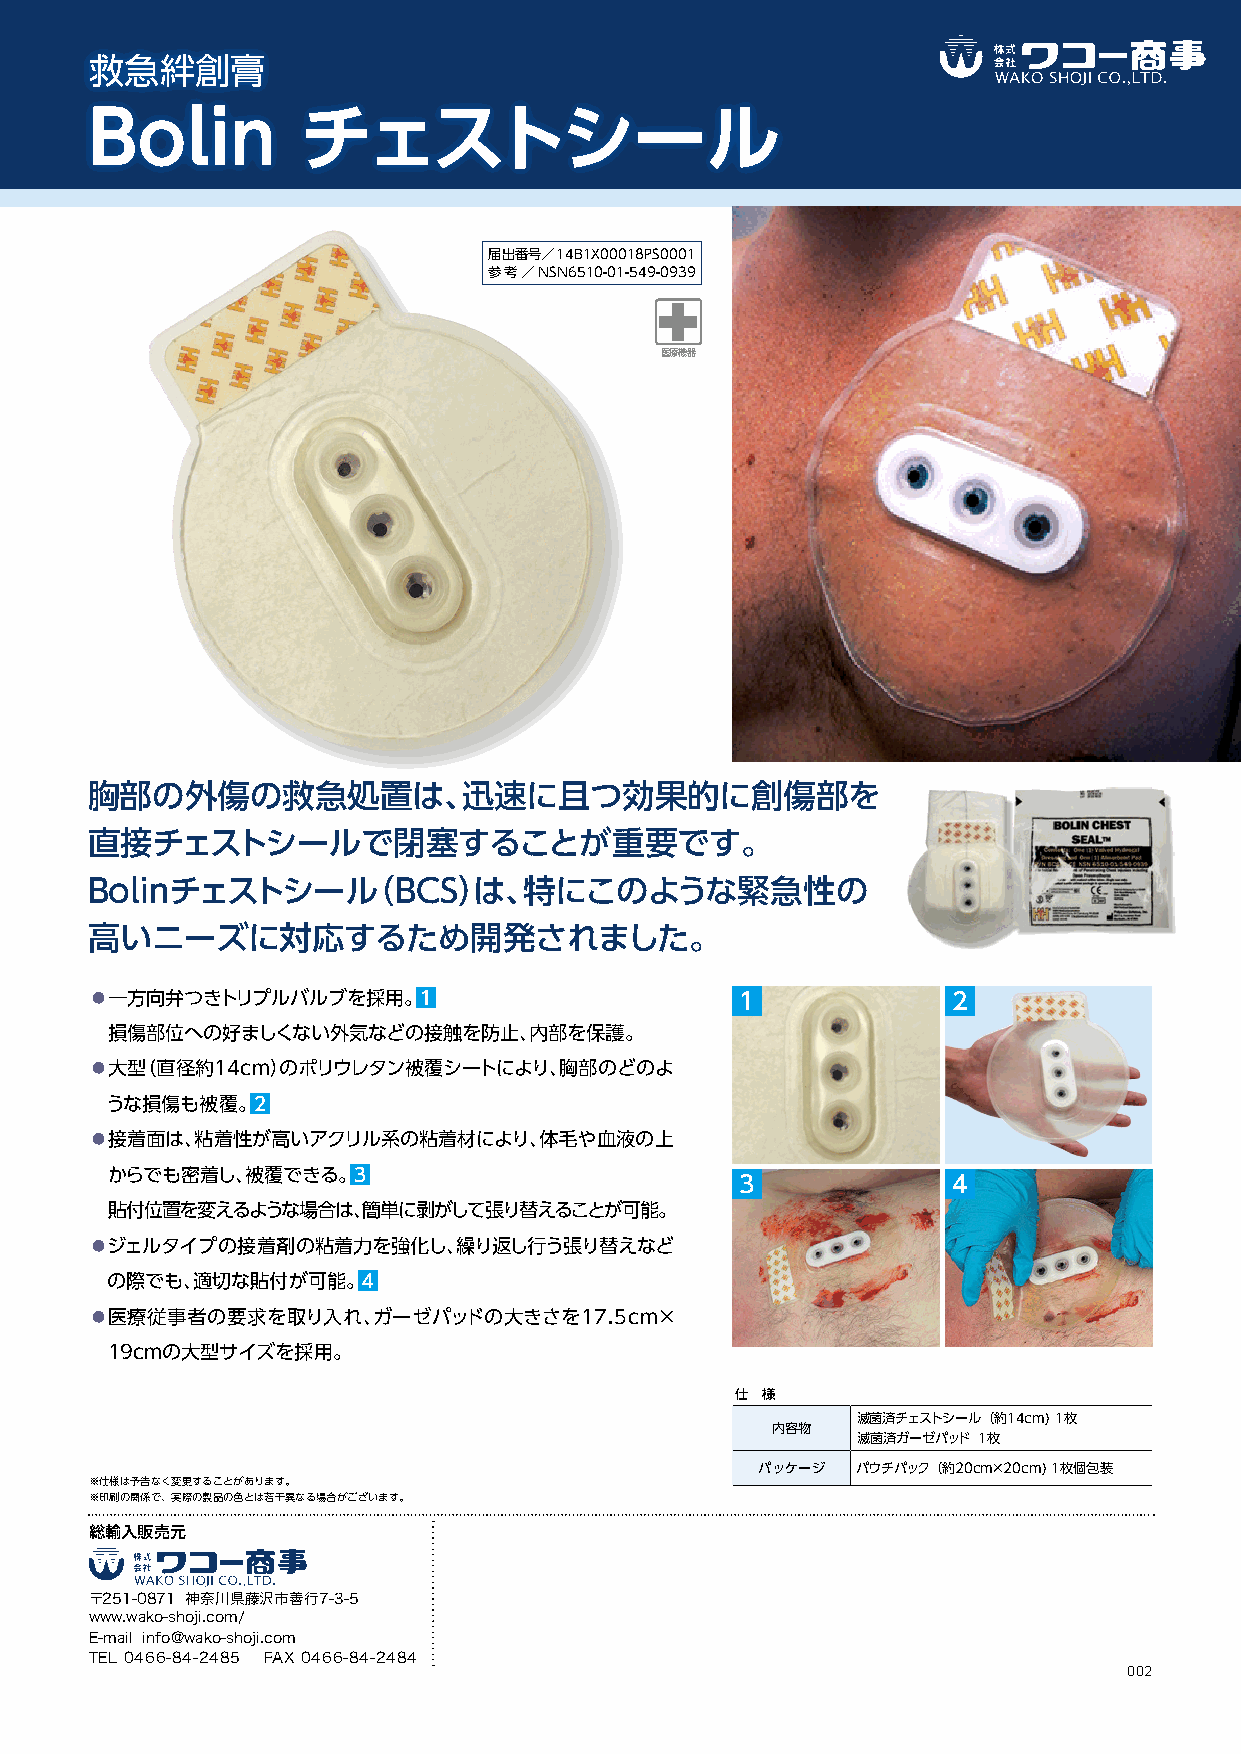
救急絆創膏
 Bolin         チェストシール
 届出番号／14B1X00018PS0001
 参考／NSN6510-01-549-0939
 医療機器
 胸部の外傷の救急処置は、迅速に且つ効果的に創傷部を
 直接チェストシールで閉塞することが重要です。
 Bolinチェストシール（BCS）は、特にこのような緊急性の
 高いニーズに対応するため開発されました。
 ◦一方向弁つきトリプルバルブを採用。1                      1             2
 損傷部位への好ましくない外気などの接触を防止、内部を保護。
 ◦大型（直径約14cm）のポリウレタン被覆シートにより、胸部のどのよ
 うな損傷も被覆。2
 ◦接着面は、粘着性が高いアクリル系の粘着材により、体毛や血液の上
 からでも密着し、被覆できる。3
 3             4
 貼付位置を変えるような場合は、簡単に剥がして張り替えることが可能。
 ◦ジェルタイプの接着剤の粘着力を強化し、繰り返し行う張り替えなど
 の際でも、適切な貼付が可能。4
 ◦医療従事者の要求を取り入れ、ガーゼパッドの大きさを17.5cm×
 19cmの大型サイズを採用。
 仕 様
 滅菌済チェストシール（約14cm)1枚
 内容物
 滅菌済ガーゼパッド1枚
 パッケージ  パウチパック（約20cm×20cm)1枚個包装
 ※仕様は予告なく変更することがあります。
 ※印刷の関係で、実際の製品の色とは若干異なる場合がございます。
 総輸入販売元
 〒251-0871 神奈川県藤沢市善行7-3-5
 www.wako-shoji.com/
 E-mail info@wako-shoji.com
 TEL 0466-84-2485 FAX 0466-84-2484
 002